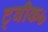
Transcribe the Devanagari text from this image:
ट्वीक७